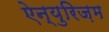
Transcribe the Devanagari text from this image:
ऐन्युरिज़म